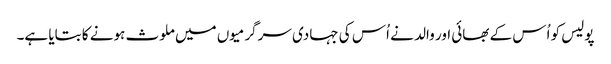
پولیس کو اُس کے بھائی اور والد نے اُس کی جہادی سرگرمیوں میں ملوث ہونے کا بتایا ہے۔